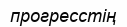
прогресстің